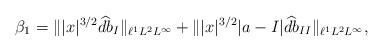
LaTeX: \begin{align*} \beta_{1}= \||x|^{3/2}\widehat{db}_{I}\|_{\ell^{1}L^{2}L^{\infty}} + \||x|^{3/2}|a-I|\widehat{db}_{II}\|_{\ell^{1}L^{2}L^{\infty}}, \end{align*}